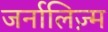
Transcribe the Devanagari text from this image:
जर्नालिज़्म